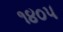
૧૪૦૫